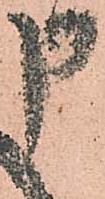
申